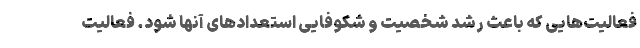
فعالیت‌هایی که باعث رشد شخصیت و شکوفایی استعدادهای آنها شود. فعالیت